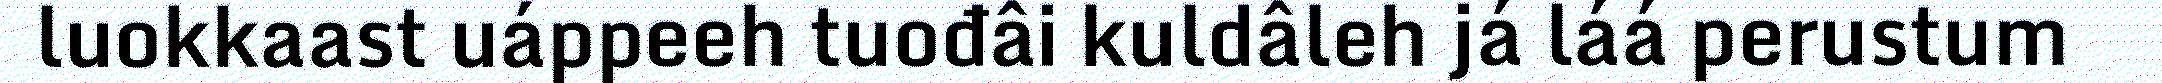
luokkaast uáppeeh tuođâi kuldâleh já láá perustum